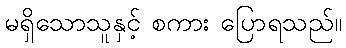
မရှိသောသူနှင့် စကား ပြောရသည်။